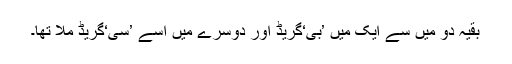
بقیہ دو میں سے ایک میں ’بی‘گریڈ اور دوسرے میں اسے ’سی‘گریڈ ملا تھا۔